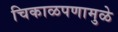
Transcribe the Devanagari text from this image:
चिकाळपणामुळे